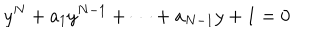
LaTeX: y ^ { N } + a _ { 1 } y ^ { N - 1 } + \cdots + a _ { N - 1 } y + 1 = 0